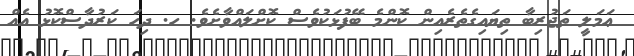
ޢަމަލީ ތަޖުރިބާ ތިޔައިގެތެރެއިން ކޮންމެ ބޭފުޅަކުވެސް ކޮށްލައްވާށެވެ. ހ. ދިހަ ކަރުދާސްކޮޅު އެއް